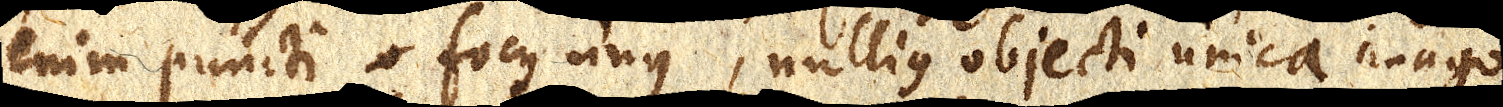
enim puncti o focus unus, nullius objecti unica imago